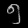
Digit: ၅